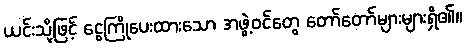
ယင်းသို့ဖြင့် ငွေကြိုပေးထားသော အဖွဲ့ဝင်တွေ တော်တော်များများရှိ၏။